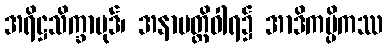
အရိဋ္ဌသိက္ခာပုဒ်၊ အနာပတ္တိဝါရ၌ အာဒိကမ္ပိကဿ